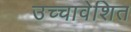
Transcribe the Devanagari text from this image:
उच्चावेशित